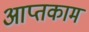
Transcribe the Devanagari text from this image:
आप्तकाम